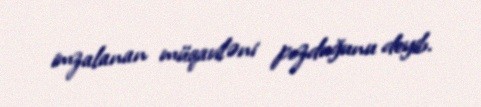
imzalanan müqaviləni pozduğunu deyib.